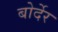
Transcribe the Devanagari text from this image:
बोर्देर